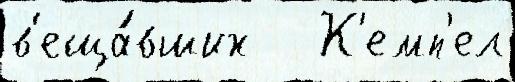
в'еща́вших   К'емп'ел